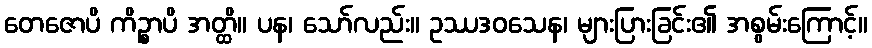
တေဇောပိ ကိဉ္စာပိ အတ္ထိ။ ပန၊ သော်လည်း။ ဥဿဒဝသေန၊ များပြားခြင်း၏ အစွမ်းကြောင့်။